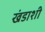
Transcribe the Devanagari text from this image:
खंडाशी